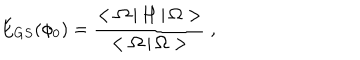
E _ { G S } ( \phi _ { 0 } ) = { \frac { < \Omega \, | \, H \, | \, \Omega > } { < \Omega \, | \, \Omega > } } \; ,